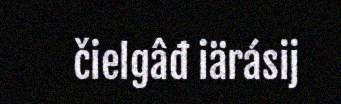
čielgâđ iärásij